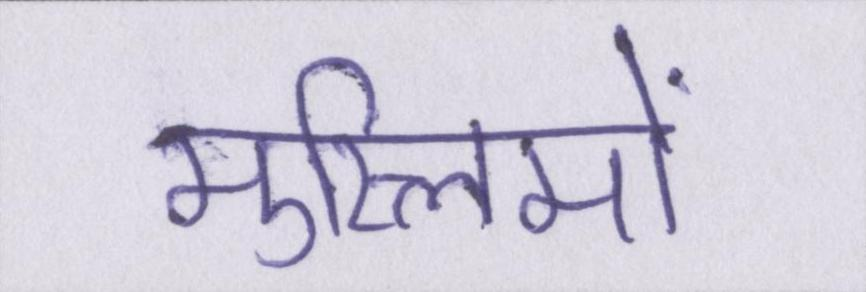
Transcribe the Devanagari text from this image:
मुस्लिमों